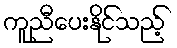
ကူညီပေးနိုင်သည့်